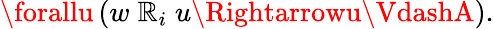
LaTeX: \forallu\, (w\; \mathbb{R}_{i}\; u\Rightarrowu\VdashA).